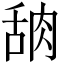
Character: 𬚸